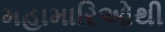
મહામારિઓથી